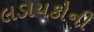
લડાયકોની